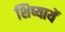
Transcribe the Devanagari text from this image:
शिष्यायें